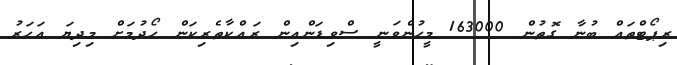
ރިޕޯޓްތައް ބުނާ ގޮތުން 163000 މީހުންވަނީ ސްވިޑަންއިން ރައްކާތެރިކަން ހޯދުމަށް މިދިޔަ އަހަރު